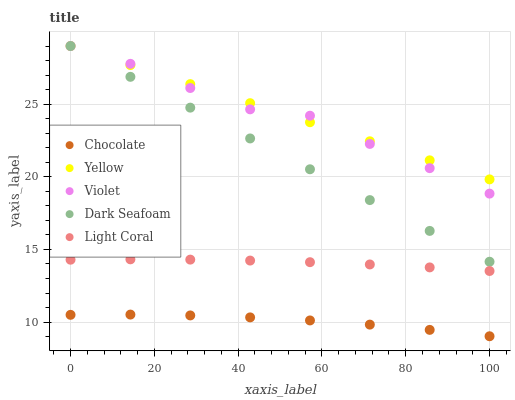
| xaxis_label | Chocolate | Yellow | Violet | Dark Seafoam | Light Coral |
 | --- | --- | --- | --- | --- | --- |
 | 0 | 10.5 | 29 | 29 | 29 | 14.3 |
 | 14.3 | 10.5 | 27.7 | 27.8 | 26.9 | 14.3 |
 | 28.6 | 10.5 | 26.4 | 26.1 | 24.8 | 14.3 |
 | 42.9 | 10.3 | 25.1 | 24.6 | 22.6 | 14.2 |
 | 57.1 | 10.1 | 23.8 | 24.2 | 20.5 | 14.1 |
 | 71.4 | 9.83 | 22.4 | 22.3 | 18.4 | 14 |
 | 85.7 | 9.46 | 21.1 | 20.6 | 16.3 | 13.8 |
 | 100 | 9.02 | 19.8 | 18.8 | 14.2 | 13.5 |